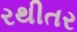
રથીતર